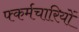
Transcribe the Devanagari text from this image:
फ्कर्मचारियों